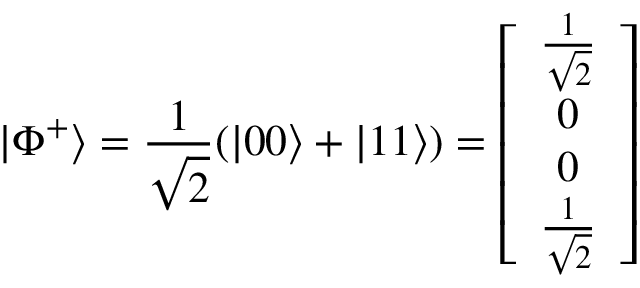
| \Phi ^ { + } \rangle = \frac { 1 } { \sqrt { 2 } } ( | 0 0 \rangle + | 1 1 \rangle ) = \left[ \begin{array} { c } { \frac { 1 } { \sqrt { 2 } } } \\ { 0 } \\ { 0 } \\ { \frac { 1 } { \sqrt { 2 } } } \end{array} \right]